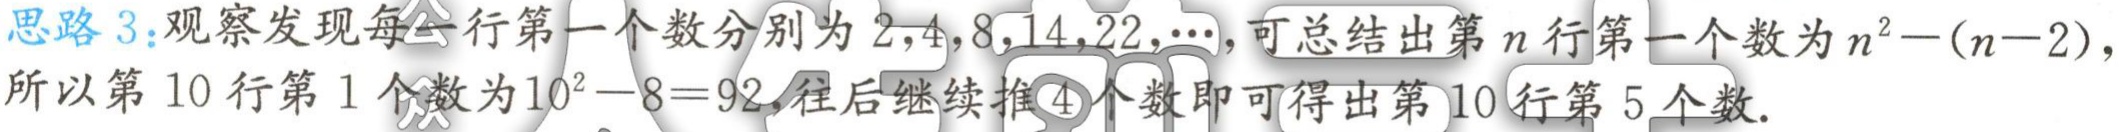
思路 3：观察发现每一行第一个数分别为 \(2,4,8,14,22,\cdots\)，可总结出第 \(n\) 行第一个数为 \(n^{2}-(n - 2)\)，所以第 10 行第 1 个数为 \(10^{2}-8 = 92\)，往后继续推 4 个数即可得出第 10 行第 5 个数。